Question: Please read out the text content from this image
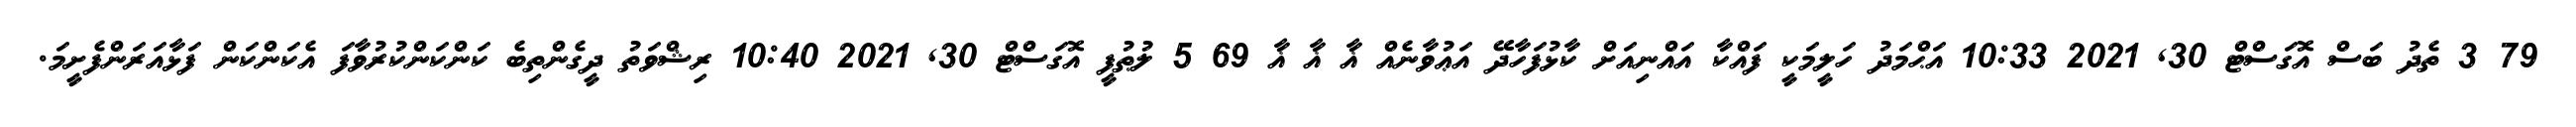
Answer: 79 3 ތެދު ބަސް އޮގަސްޓް 30, 2021 10:33 އަޙްމަދު ހަލީމަކީ ފައްކާ އައްނިއަށް ކާޅުފަހާދޭ އަޢުވާނެއް ޣާ ޣާ ޣާ 69 5 ލުޠުފީ އޮގަސްޓް 30, 2021 10:40 ރިޝްވަތު ދީގެންތިބެ ކަންކަންކުރުވާފަ އެކަންކަން ފަޅާއަރަންފެށީމަ.